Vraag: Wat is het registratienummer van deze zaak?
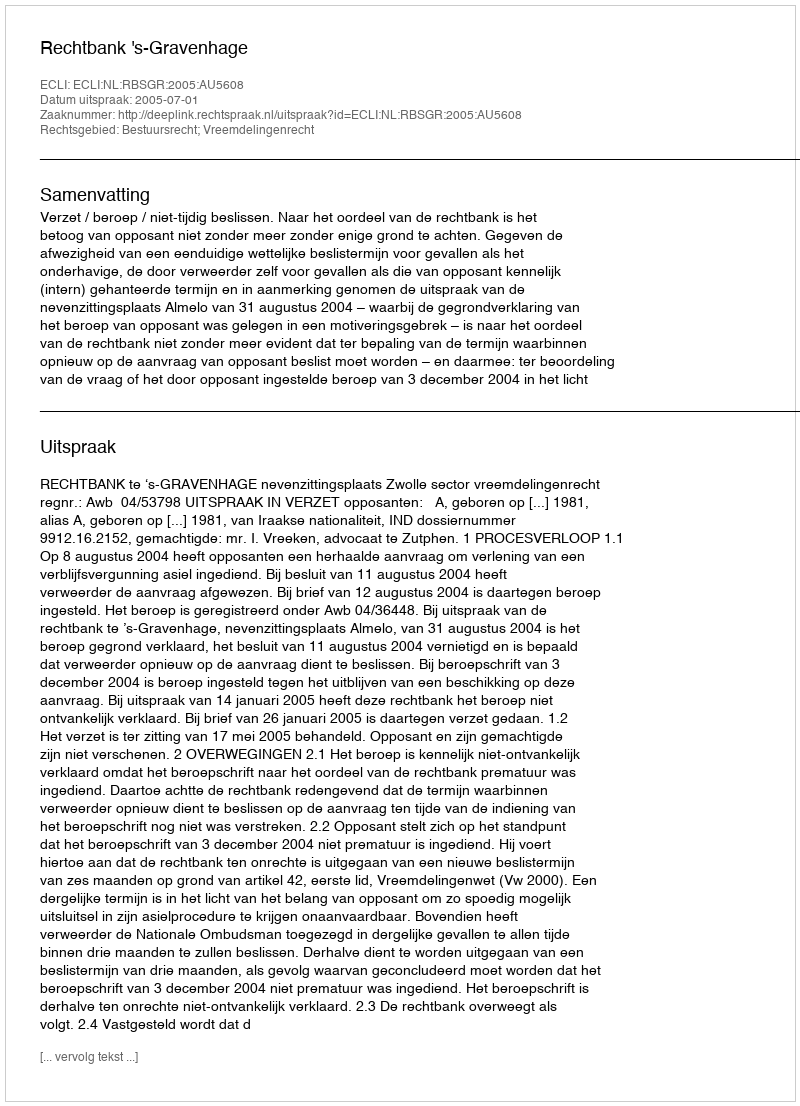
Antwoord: http://deeplink.rechtspraak.nl/uitspraak?id=ECLI:NL:RBSGR:2005:AU5608